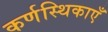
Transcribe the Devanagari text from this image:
कर्णस्थिकाएँ